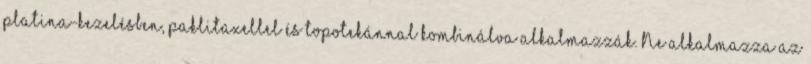
platina-kezelésben, paklitaxellel és topotekánnal kombinálva alkalmazzák. Ne alkalmazza az